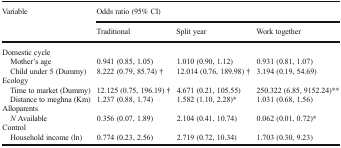
<table><thead><tr><td rowspan="2"><b>Variable</b></td><td colspan="3"><b>Odds ratio (95% CI)</b></td></tr><tr><td><b>Traditional</b></td><td><b>Split year</b></td><td><b>Work together</b></td></tr></thead><tbody><tr><td colspan="4">Domestic cycle</td></tr><tr><td> Mother’s age</td><td>0.941 (0.85, 1.05)</td><td>1.010 (0.90, 1.12)</td><td>0.931 (0.81, 1.07)</td></tr><tr><td> Child under 5 (Dummy)</td><td>8.222 (0.79, 85.74) †</td><td>12.014 (0.76, 189.98) †</td><td>3.194 (0.19, 54.69)</td></tr><tr><td colspan="4">Ecology</td></tr><tr><td> Time to market (Dummy)</td><td>12.125 (0.75, 196.19) †</td><td>4.671 (0.21, 105.55)</td><td>250.322 (6.85, 9152.24)**</td></tr><tr><td> Distance to meghna (Km)</td><td>1.237 (0.88, 1.74)</td><td>1.582 (1.10, 2.28)*</td><td>1.031 (0.68, 1.56)</td></tr><tr><td colspan="4">Alloparents</td></tr><tr><td> <i>N</i> Available</td><td>0.356 (0.07, 1.89)</td><td>2.104 (0.41, 10.74)</td><td>0.062 (0.01, 0.72)*</td></tr><tr><td colspan="4">Control</td></tr><tr><td> Household income (ln)</td><td>0.774 (0.23, 2.56)</td><td>2.719 (0.72, 10.34)</td><td>1.703 (0.30, 9.23)</td></tr></tbody></table>